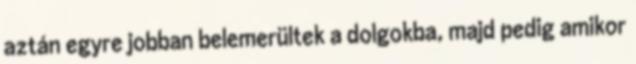
aztán egyre jobban belemerültek a dolgokba, majd pedig amikor